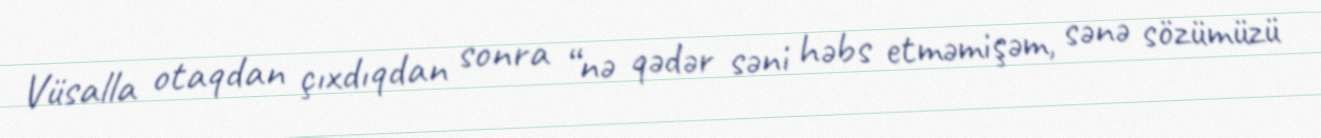
Vüsalla otaqdan çıxdıqdan sonra “nə qədər səni həbs etməmişəm, sənə sözümüzü